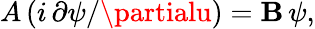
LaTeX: A\, (i\, \partial\psi/\partialu)=\mathbf{B}\, \psi,